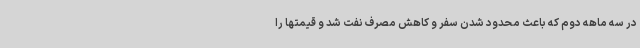
در سه ماهه دوم که باعث محدود شدن سفر و کاهش مصرف نفت شد و قیمتها را